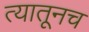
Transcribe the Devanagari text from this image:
त्‍यातूनच